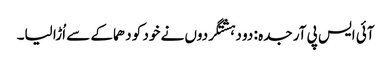
آئی ایس پی آر جدہ : دو دہشتگردوں نے خود کو دھماکے سے اُڑا لیا۔